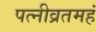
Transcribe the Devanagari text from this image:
पत्नीव्रतमहं